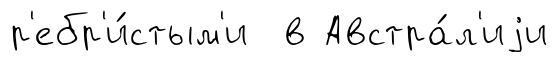
р'ебр'и́стым'и в Австра́л'иjи